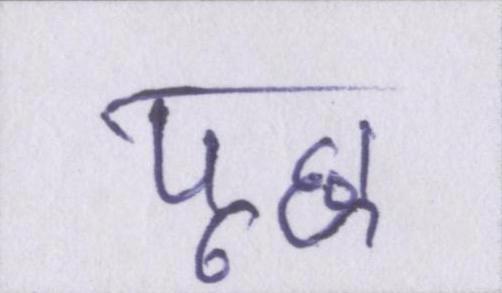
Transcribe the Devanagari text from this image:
पूछ